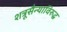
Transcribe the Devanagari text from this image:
शत्रूसैन्याविरुद्ध